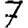
Digit: 7